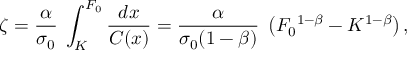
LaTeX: \zeta = { \frac { \alpha } { \sigma _ { 0 } } } \; \int _ { K } ^ { F _ { 0 } } { \frac { d x } { C ( x ) } } = { \frac { \alpha } { \sigma _ { 0 } ( 1 - \beta ) } } \; \left( F _ { 0 } { } ^ { 1 - \beta } - K ^ { 1 - \beta } \right) ,